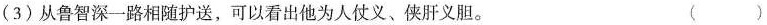
(3)从鲁智深一路相随护送，可以看出他为人仗义、侠肝义胆。 ()